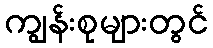
ကျွန်းစုများတွင်